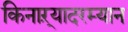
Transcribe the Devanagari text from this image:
किनाऱ्यादरम्यान